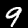
Label: 9